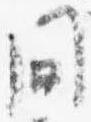
問